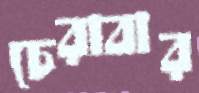
চেরাবার